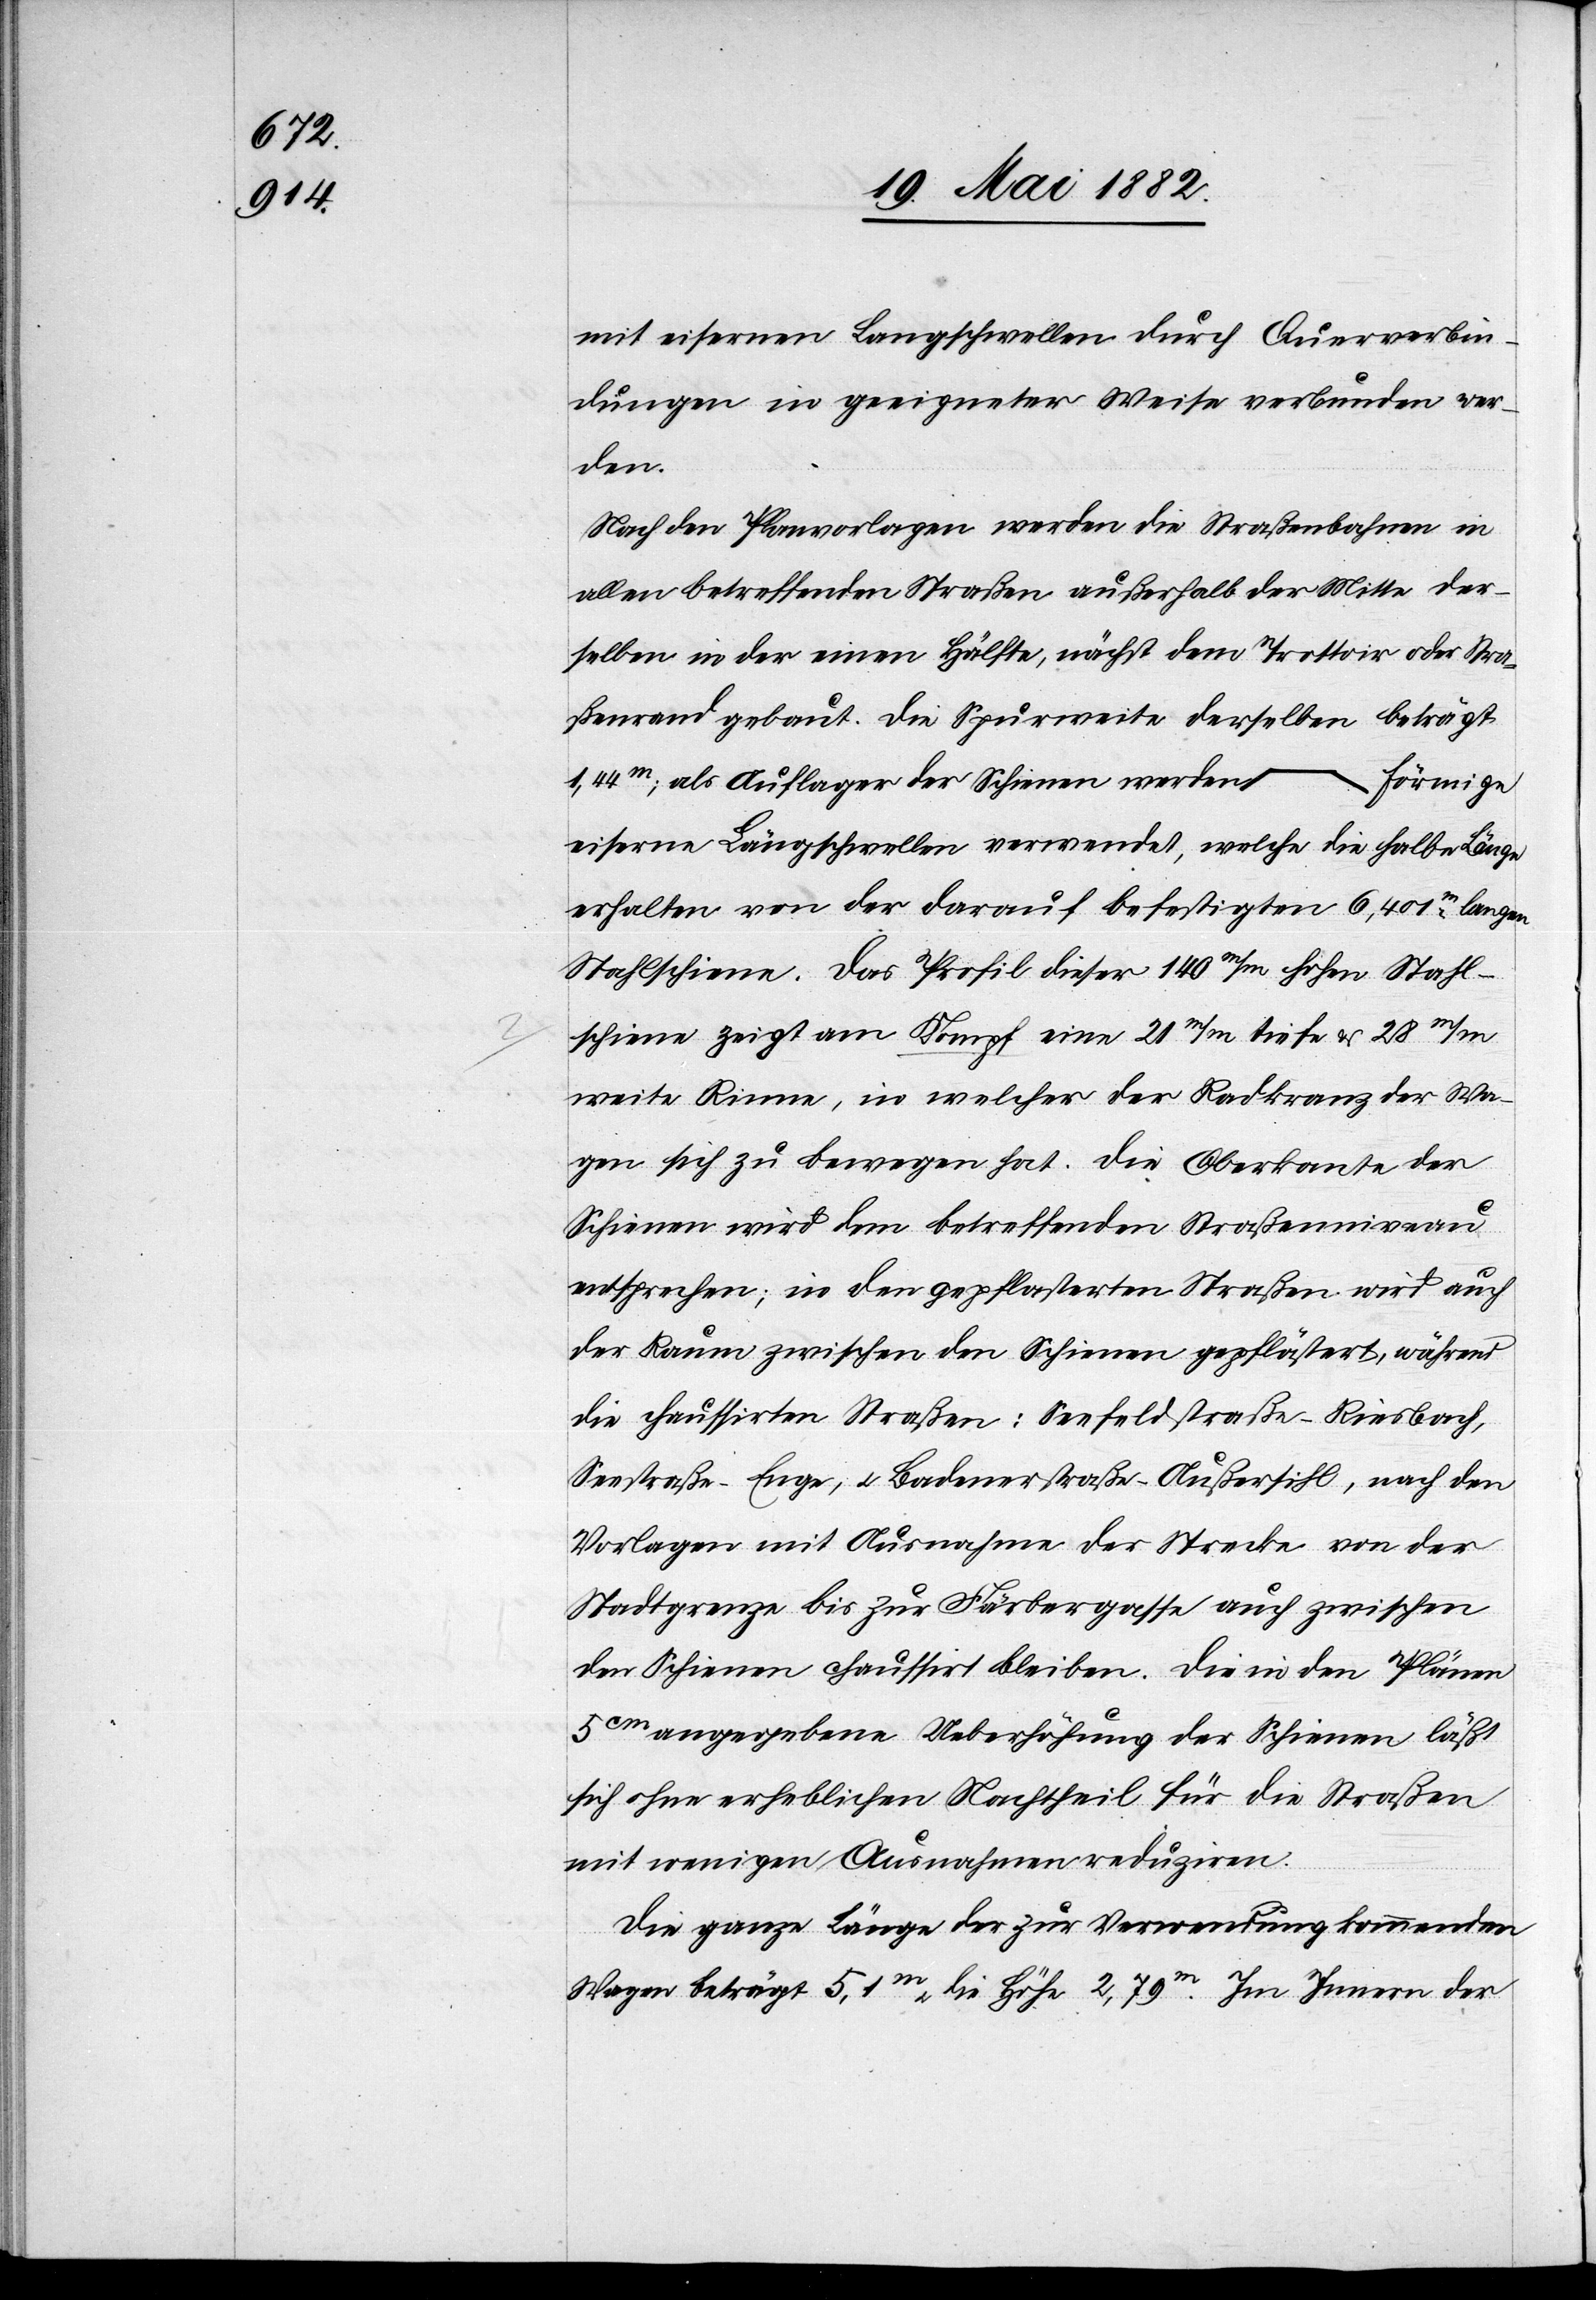
mit eisernen Langschwellen durch Querverbin¬
dungen in geeigneter Weise verbunden wer¬
den.
Nach den Planvorlagen werden die Straßenbahnen in
allen betreffenden Straßen außerhalb der Mitte der¬
selben in der einen Hälfte, nächst dem Trottoir oder Stra¬
ßenrand gebaut. Die Spurweite derselben beträgt
1,44m; als Auflager der Schienen werden
O.] förmige
eiserne Langschwellen verwendet, welche die halbe Länge
erhalten von der darauf befestigten 6,401m langen
Stahlschiene. Das Profil dieser 140m/m hohen Stahl¬
schiene zeigt am Kompf [sic!] eine 21 m/m tiefe & 28 m/m
weite Rinne, in welcher der Radkranz der Wa¬
gen sich zu bewegen hat. Die Oberkante der
Schiene wird dem betreffenden Straßenniveau
entsprechen; in den gepflasterten Straßen wird auch
der Raum zwischen den Schienen gepflästert, während
die chaussirten Straßen: Seefeldstraße–Riesbach,
Seestraße–Enge, u. Badenerstraße–Außersihl, nach den
Vorlagen mit Ausnahme der Strecke von der
Stadtgrenze bis zur Färbergasse auch zwischen
den Schienen chaussirt bleiben. Die in den Plänen
5cm angegebene Ueberhöhung der Schienen läßt
sich ohne erheblichen Nachtheil für die Straßen
mit wenigen Ausnahmen reduziren.
Die ganze Länge der zur Verwendung kommenden
Wagen beträgt 5,1m die Höhe 2,79m. Im Innern der